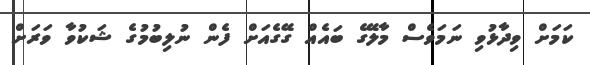
ކަމަށް ވިދާޅުވި ނަމަވެސް މާލޭގެ ބައެއް ގޭގެއަށް ފެން ނުލިބުމުގެ ޝަކުވާ ވަރަށް